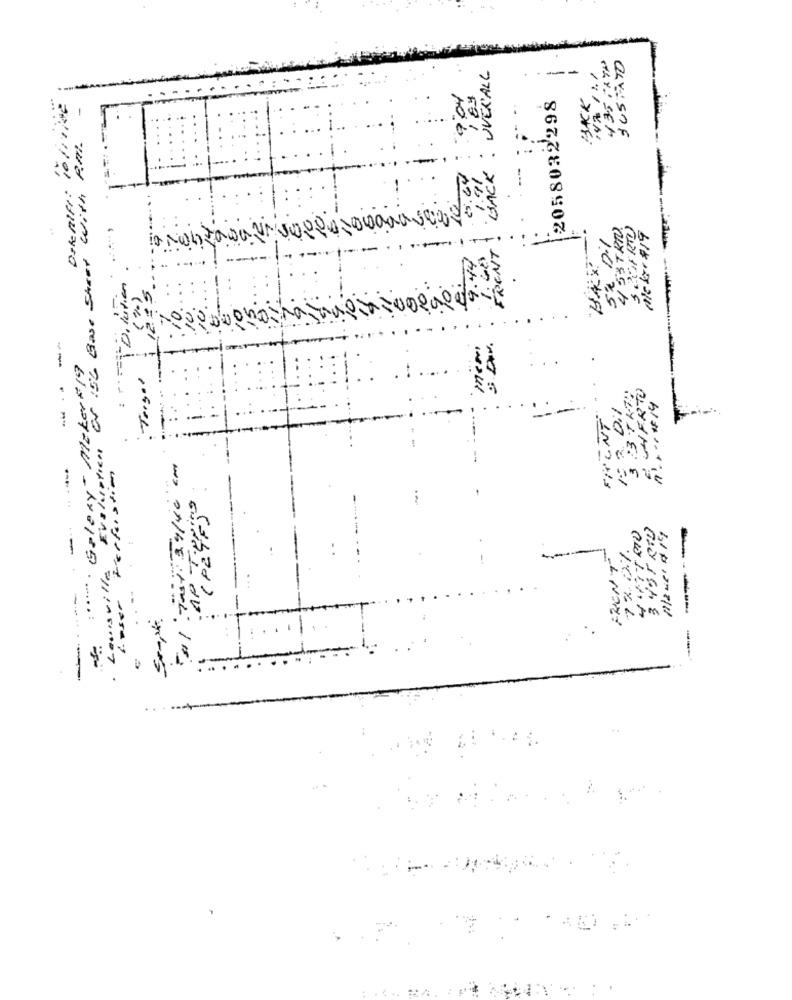
435XYP
JUSTATO
OVERALL
Dekenifl: 10/10/de
9:04
2058032298
BACK
Er :56 Base Stret With All.
BACK
2.64
Mcker #19
FRENT
.44
1.60
Mer
Galaxy- Makers 19
. .
E HERTO
.... #14
FRONT
Perfussion
3
n'
-- -
(P24F50
12.2%
Louisville
:...... .
-----
1. - ser
11/2
...